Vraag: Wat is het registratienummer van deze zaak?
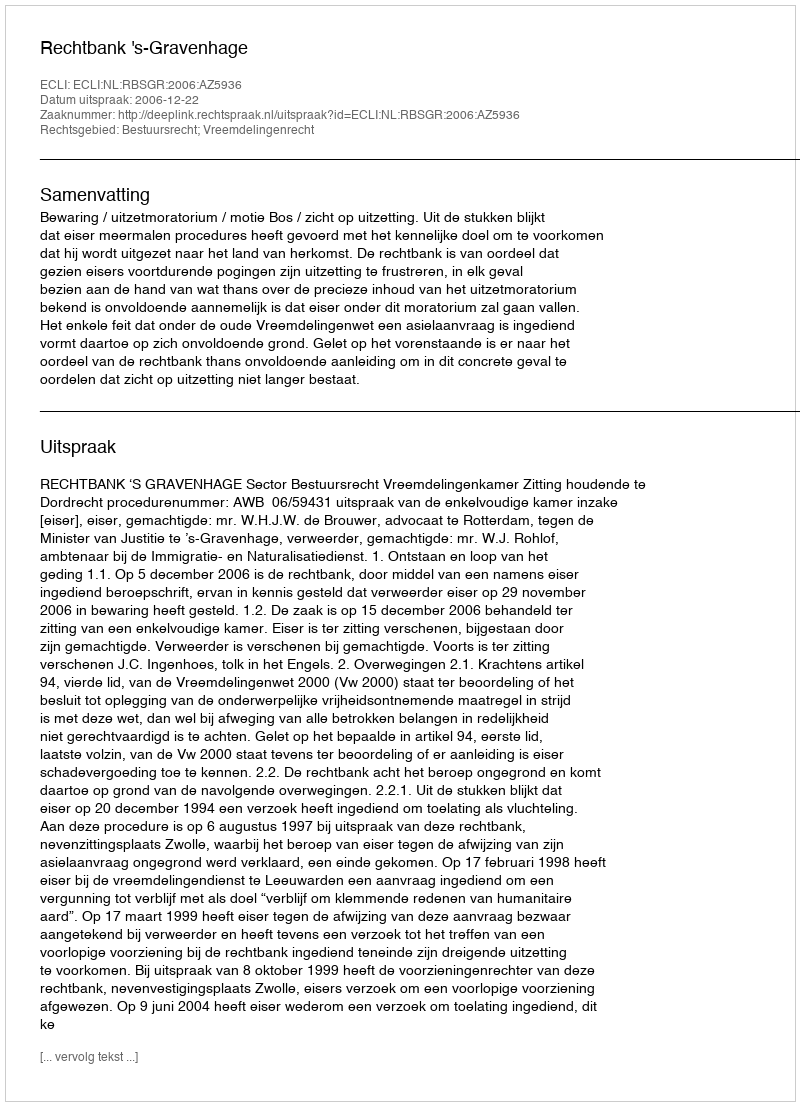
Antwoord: http://deeplink.rechtspraak.nl/uitspraak?id=ECLI:NL:RBSGR:2006:AZ5936